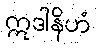
ဣဒါနိဟံ